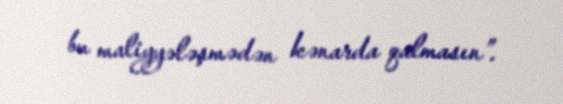
bu maliyyələşmədən kənarda qalmasın”.